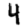
Digit: 4